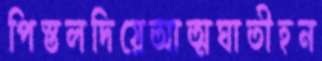
পিস্তলদিয়েআত্মঘাতীহন